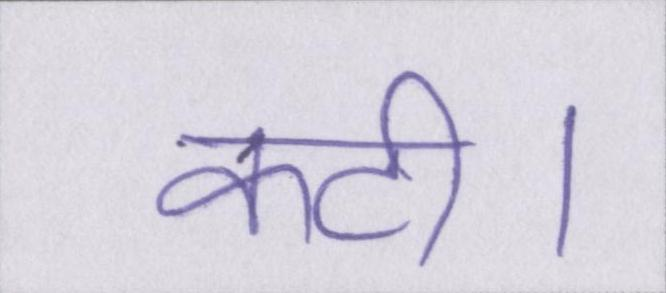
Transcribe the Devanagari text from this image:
कटी।